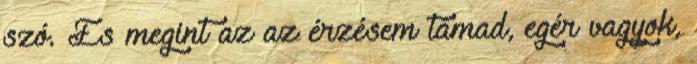
szó. És megint az az érzésem támad, egér vagyok,